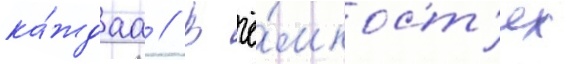
ка́ждаа // В ё́мкост'ях